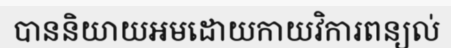
បាននិយាយអមដោយកាយវិការពន្យល់